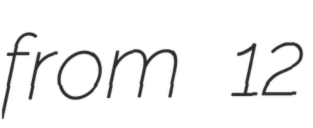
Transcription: from 12